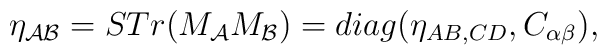
\eta_{{\cal AB}}= STr(M_{{\cal A}} M_{{\cal B}})=diag(\eta_{AB,CD},C_{\alpha\beta}),